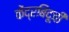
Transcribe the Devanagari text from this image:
केंद्रबिंदूची